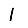
Digit: 1